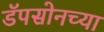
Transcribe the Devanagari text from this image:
डॅपसोनच्या